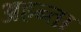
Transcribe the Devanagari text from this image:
अहन्ता